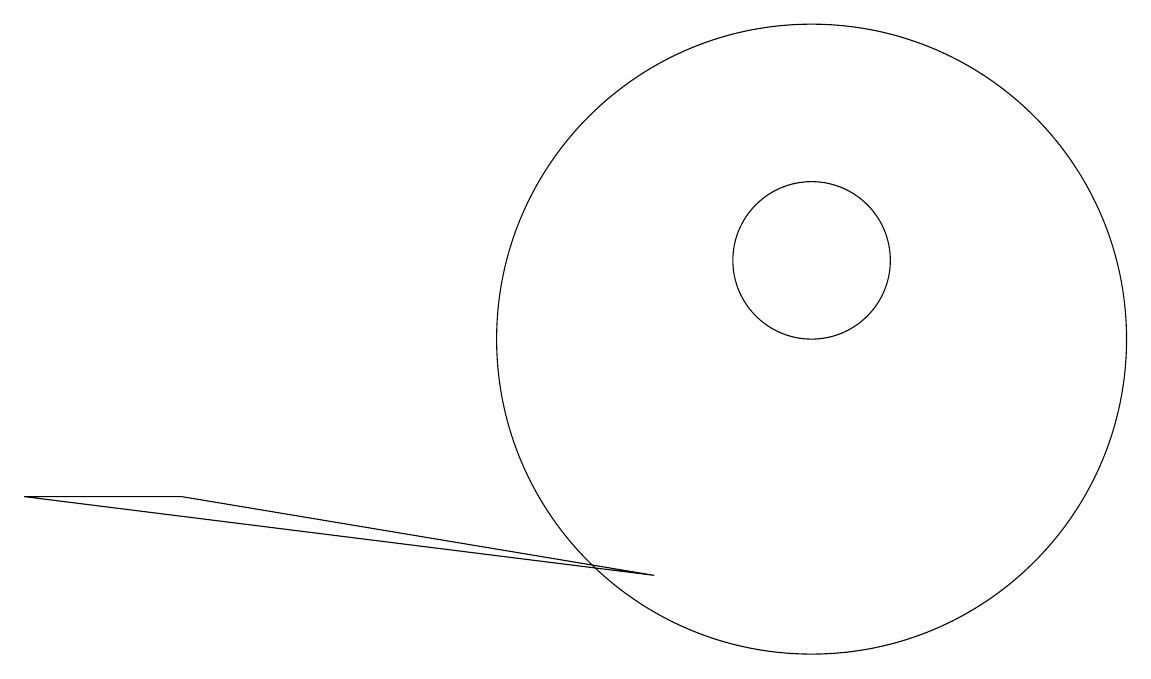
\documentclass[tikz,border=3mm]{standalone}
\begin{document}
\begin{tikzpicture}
\draw (1,8) -- (3,8) -- (9,7) -- cycle;
\draw (11,10) circle (4);
\draw (11,11) circle (1);
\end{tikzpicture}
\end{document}